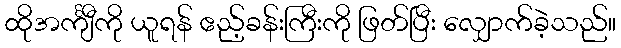
ထိုအင်္ကျီကို ယူရန် ဧည့်ခန်းကြီးကို ဖြတ်ပြီး လျှောက်ခဲ့သည်။